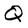
Character: Q